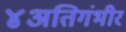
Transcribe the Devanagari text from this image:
४अतिगंभीर